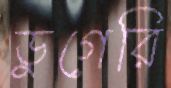
ডুগেরি